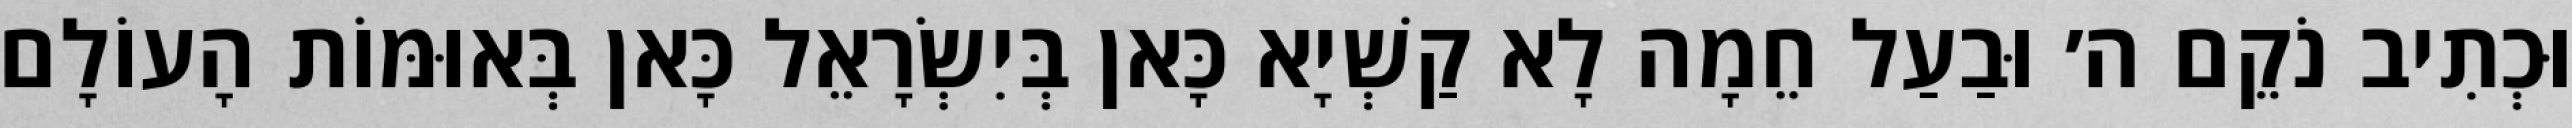
וּכְתִיב נֹקֵם ה׳ וּבַעַל חֵמָה לָא קַשְׁיָא כָּאן בְּיִשְׂרָאֵל כָּאן בְּאוּמּוֹת הָעוֹלָם